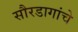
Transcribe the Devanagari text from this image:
सौरडागांचे